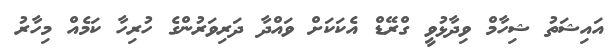
އައިޝަތު ޝިހާމް ވިދާޅުވީ ގްރޭޑް އެކަކަށް ވައްދާ ދަރިވަރުންގެ ހުރިހާ ކަމެއް މިހާރު